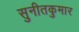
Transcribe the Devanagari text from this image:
सुनीतकुमार